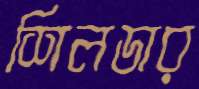
শিলডার